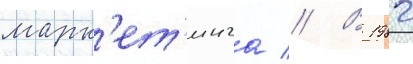
марк'ет'инга // В 1982